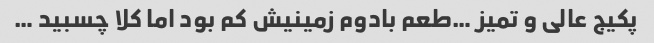
پکیج عالی و تمیز …طعم بادوم زمینیش کم بود اما کلا چسبید …